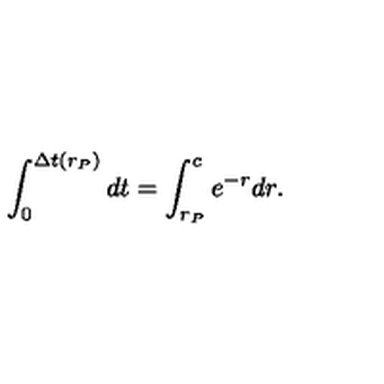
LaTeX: \int _ { 0 } ^ { \Delta t ( r _ { P } ) } d t = \int _ { r _ { P } } ^ { c } e ^ { - r } d r .